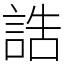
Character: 誥